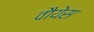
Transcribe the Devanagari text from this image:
वौयेस